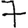
Digit: 7